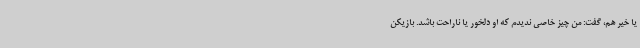
یا خیر هم، گفت:‌ من چیز خاصی ندیدم که او دلخور یا ناراحت باشد. بازیکن